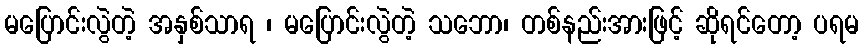
မပြောင်းလွဲတဲ့ အနှစ်သာရ ၊ မပြောင်းလွဲတဲ့ သဘော၊ တစ်နည်းအားဖြင့် ဆိုရင်တော့ ပရမ